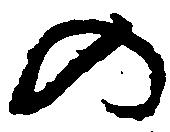
の